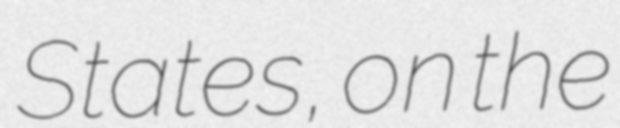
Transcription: States, on the